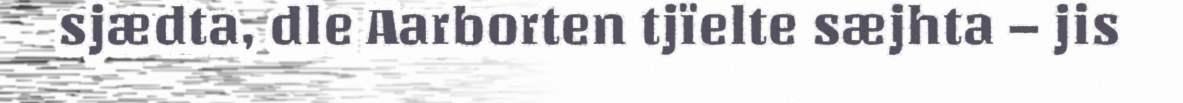
sjædta, dle Aarborten tjïelte sæjhta – jis